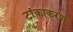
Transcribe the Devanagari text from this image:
टांकाकरण